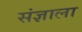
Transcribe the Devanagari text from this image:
संज्ञाला